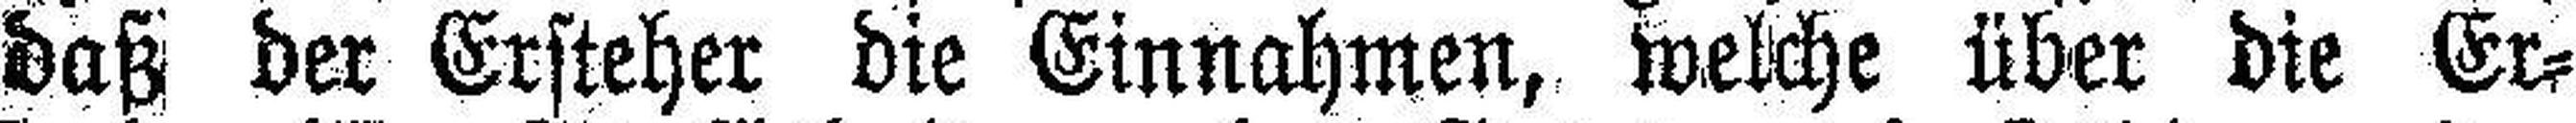
daß der Ersteher die Einnahmen, welche über die Er¬